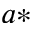
^ { a * }